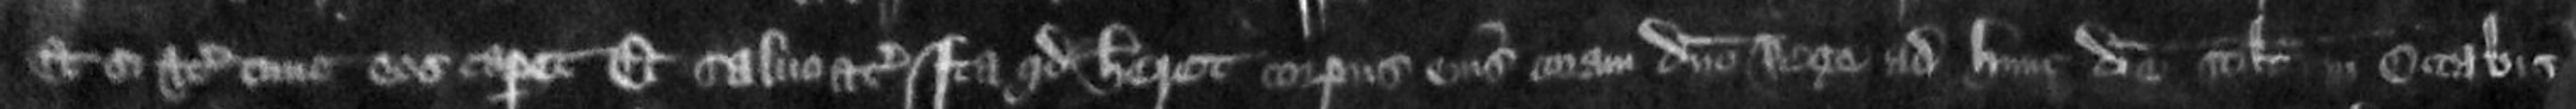
et si etc tunc eos caperet Et saluo etc ita quod haberet corpus eius coram domino Rege ad hunc die scilicet in Octabis